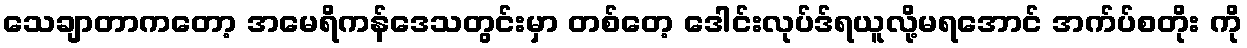
သေချာတာကတော့ အမေရိကန်ဒေသတွင်းမှာ တစ်တေ့ ဒေါင်းလုပ်ဒ်ရယူလို့မရအောင် အက်ပ်စတိုး ကို